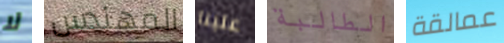
لا المهندس علينا الطالبة عمالقة